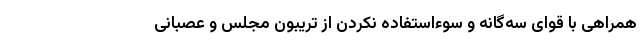
همراهی با قوای سه‌گانه و سوءاستفاده نکردن از تریبون مجلس و عصبانی